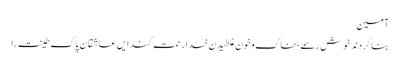
آمین
بنا کردند خوش رسمے بخاک و خون غلطیدن خدا رحمت کند ایں عاشقانِ پاک طینت را